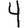
Digit: 4